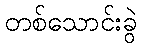
တစ်သောင်းခွဲ